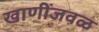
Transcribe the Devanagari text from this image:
खाणींजवळ